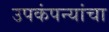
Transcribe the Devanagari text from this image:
उपकंपन्यांचा